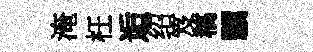
淹枉逅绍笈稿驥